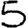
Digit: 5